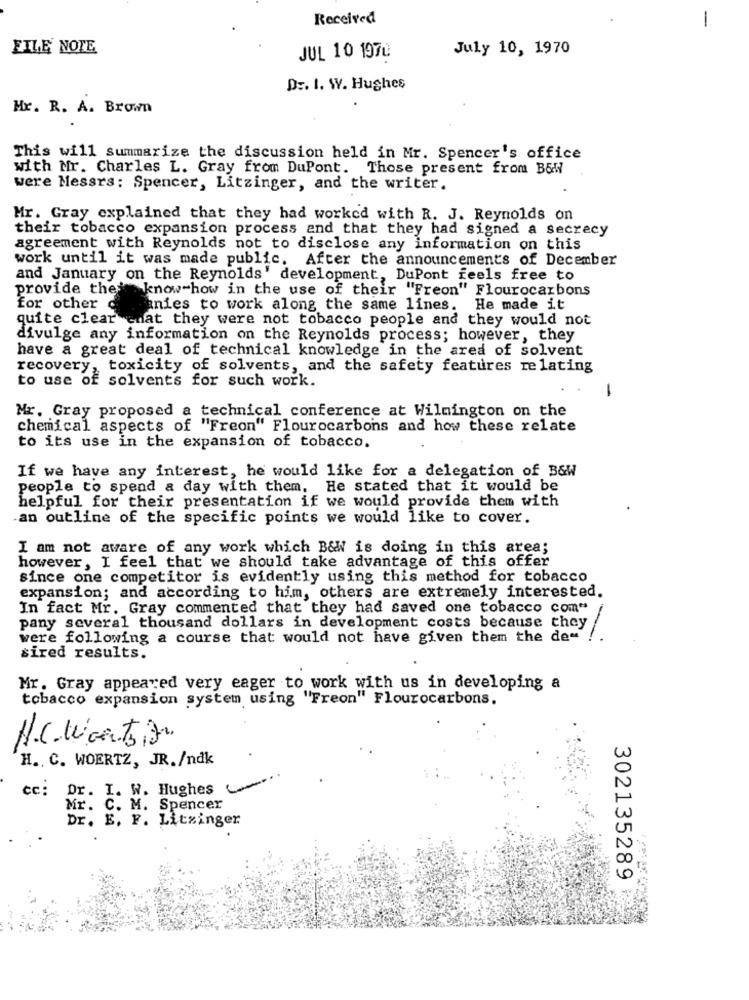
Received
-
FILE NOTE
July 10, 1970
JUL 10 1970
Dr. I. W. Hughes
Mr. R. A. Brown
This will summarize the discussion held in Mr. Spencer's office
with Mr. Charles L. Gray from DuPont. Those present from B&W
were Messrs: Spencer, Litzinger, and the writer.
Mr. Gray explained that they had worked with R. J. Reynolds on
their tobacco expansion process and that they had signed a secrecy
agreement with Reynolds not to disclose any information on this
work until it was made public.
After the announcements of December
and January on the Reynolds' development, DuPont feels free to
provide the' know-how in the use of their "Freon" Flourocarbons
for other
anies to work along the same lines. He made it
quite clear chat they were not tobacco people and they would not
divulge any information on the Reynolds process; however, they
have a great deal of technical knowledge in the area of solvent
recovery, toxicity of solvents, and the safety features relating
to use of solvents for such work.
-
Mr. Gray proposed a technical conference at Wilmington on the
chemical aspects of "Freon" Flourocarbons and how these relate
to its use in the expansion of tobacco.
If we have any interest, he would like for a delegation of B&W
people to spend a day with them. He stated that it would be
helpful for their presentation if we would provide them with
an outline of the specific points we would like to cover.
I am not aware of any work which B&W is doing in this area;
however, I feel that we should take advantage of this offer
since one competitor is evidently using this method for tobacco
expansion; and according to him, others are extremely interested.
In fact Mr. Gray commented that they had saved one tobacco com"
pany several thousand dollars in development costs because they
were following a course that would not have given them the de"
sired results.
Mr. Gray appeared very eager to work with us in developing a
tobacco expansion system using "Freon" Flourocarbons.
H .. C. WOERTZ, JR./ndk
cc: Dr. I. W. Hughes-
Mr. C. M. Spencer
Dr. E. F. Litzinger
302135289